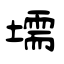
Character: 壖